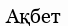
Ақбет